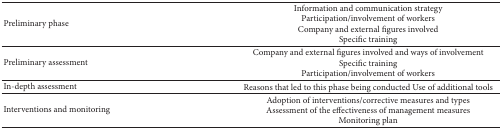
<table><thead><tr><td><b>Preliminary phase</b></td><td><b>Information and communication strategy Participation/involvement of workers Company and external figures involved Specific training</b></td></tr></thead><tbody><tr><td>Preliminary assessment</td><td>Company and external figures involved and ways of involvementSpecific trainingParticipation/involvement of workers</td></tr><tr><td>In-depth assessment</td><td>Reasons that led to this phase being conducted Use of additional tools</td></tr><tr><td>Interventions and monitoring</td><td>Adoption of interventions/corrective measures and types Assessment of the effectiveness of management measures Monitoring plan</td></tr></tbody></table>